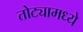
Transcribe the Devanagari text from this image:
तोट्यामध्ये